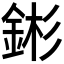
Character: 𬫕